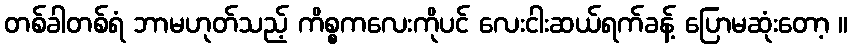
တစ်ခါတစ်ရံ ဘာမဟုတ်သည့် ကိစ္စကလေးကိုပင် လေးငါးဆယ်ရက်ခန့် ပြောမဆုံးတော့ ။